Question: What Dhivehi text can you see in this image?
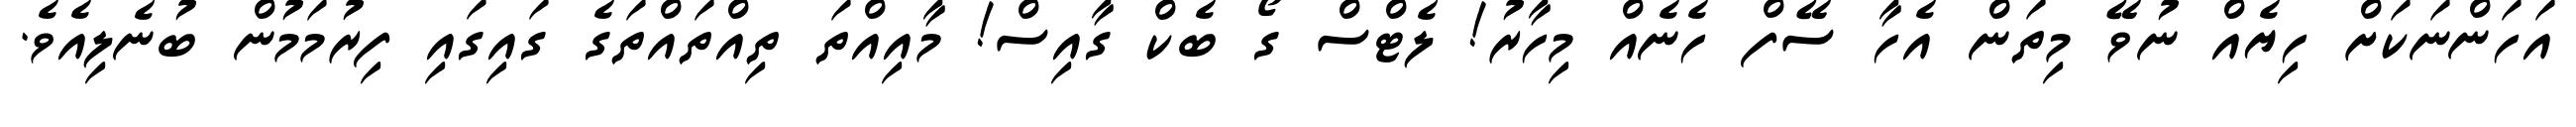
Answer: އަހަންނަކަށް ހިޔެއް ނުވޭ މިތަން އެހާ ސޭފް ހެނެއް މިހާރު! ލެޓްސް ގޯ ބެކް ގާއިސް! މާއިއްތަ ތިއްތައްތަގެ ގައިގައި ފިރުމަމުން ބުނެލިއެވެ.